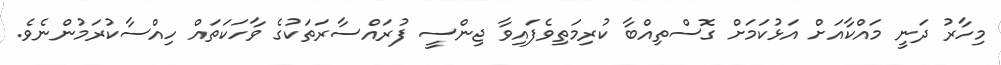
މިހާރު ދަނީ މައްކާއަށް އަޅުކަމަށް ގޮސްތިއްބާ ކުރިމަތިވެފައިވާ ޖިންސީ ފުރައްސާރަތަކުގެ ވާހަކަތައް ހިއްސާކުރަމުންނެވެ.